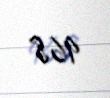
968